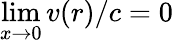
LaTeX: \operatorname*{lim}_{x\rightarrow 0}v(r)/c=0